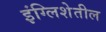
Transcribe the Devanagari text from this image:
इंग्लिशेतील